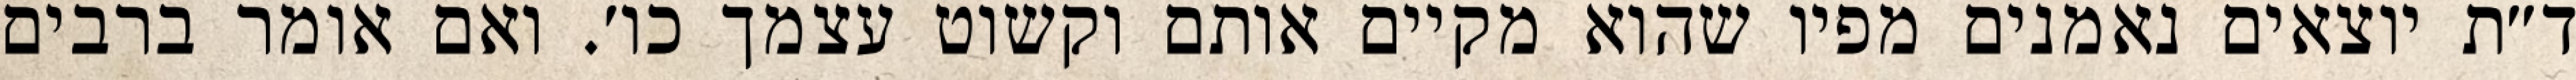
ד״ת יוצאים נאמנים מפיו שהוא מקיים אותם וקשוט עצמך כו׳. ואם אומר ברבים